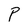
Character: P